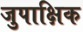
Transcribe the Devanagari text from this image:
जुपाक्षिक